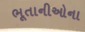
ભૂતાનીઓના